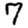
Digit: 7